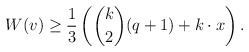
\begin{align*}W(v) \geq \frac{1}{3}\left(\binom{k}{2}(q+1) + k\cdot x\right).\end{align*}